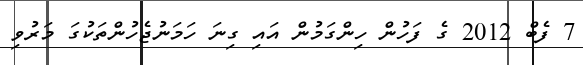
7 ފެބް 2012 ގެ ފަހުން ހިންގަމުން އައި ގިނަ ހަމަނުޖެހުންތަކުގަ މަރުވި